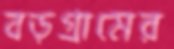
বড়গ্রামের